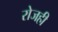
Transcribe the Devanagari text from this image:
रोजही